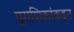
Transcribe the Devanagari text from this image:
पुराणिकांकडून